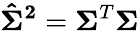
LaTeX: \mathbf{{\hat{\Sigma}}^{2}}=\mathbf{\Sigma}^{T}\mathbf{\Sigma}